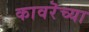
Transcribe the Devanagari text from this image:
कावरॆच्या